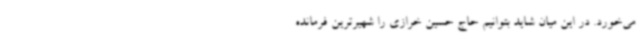
می‌خورد. در این میان شاید بتوانیم حاج حسین خرازی را شهیرترین فرمانده